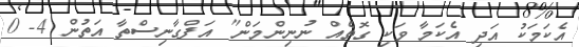
އެކަމަކު އަދި އެކަމާ ވަކި ގޮތެއް ނުނިންމަން" އަފްގާނިސްތާ އަތުން 4- 0